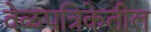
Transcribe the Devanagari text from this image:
वेळपत्रिकेतील